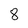
Character: 8